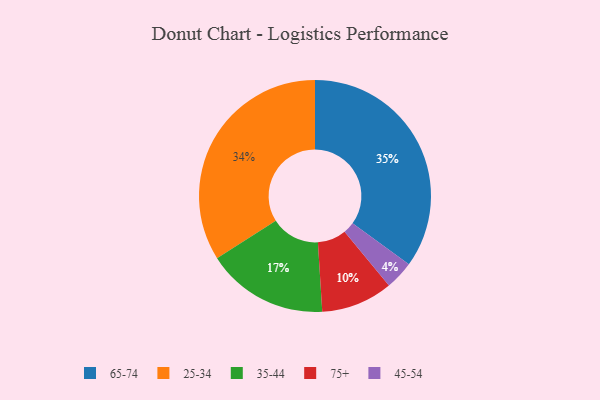
{"axis": {"x": "Category", "y": "Percentage"}, "legend": ["25-34", "35-44", "45-54", "65-74", "75+"], "data": [{"x": "35-44", "y": 17, "type": "35-44"}, {"x": "45-54", "y": 4, "type": "45-54"}, {"x": "75+", "y": 10, "type": "75+"}, {"x": "65-74", "y": 35, "type": "65-74"}, {"x": "25-34", "y": 34, "type": "25-34"}]}